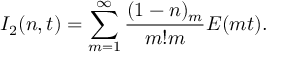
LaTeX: I _ { 2 } ( n , t ) = \sum _ { m = 1 } ^ { \infty } { \frac { ( 1 - n ) _ { m } } { m ! m } } { \cal E } ( m t ) .